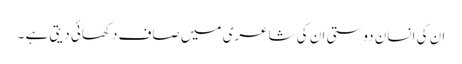
ان کی انسان دوستی ان کی شاعری میں صاف دکھائی دیتی ہے ۔